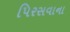
પિરસવાના